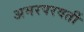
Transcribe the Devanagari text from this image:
अमरपरवर्ती